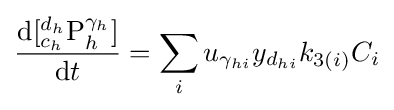
{\frac {{\mathrm {d} }[{^{d_{h}}_{c_{h}}}{\ce {P}}_{h}^{\gamma _{h}}]}{{\mathrm {d} }t}}=\sum _{i}u_{\gamma _{hi}}y_{d_{hi}}{k}_{3(i)}C_{i}